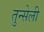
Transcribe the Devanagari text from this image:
तुन्सेली